NAE_ERA_R-1665_Eesti_Kunstnike_Liit, lk 139
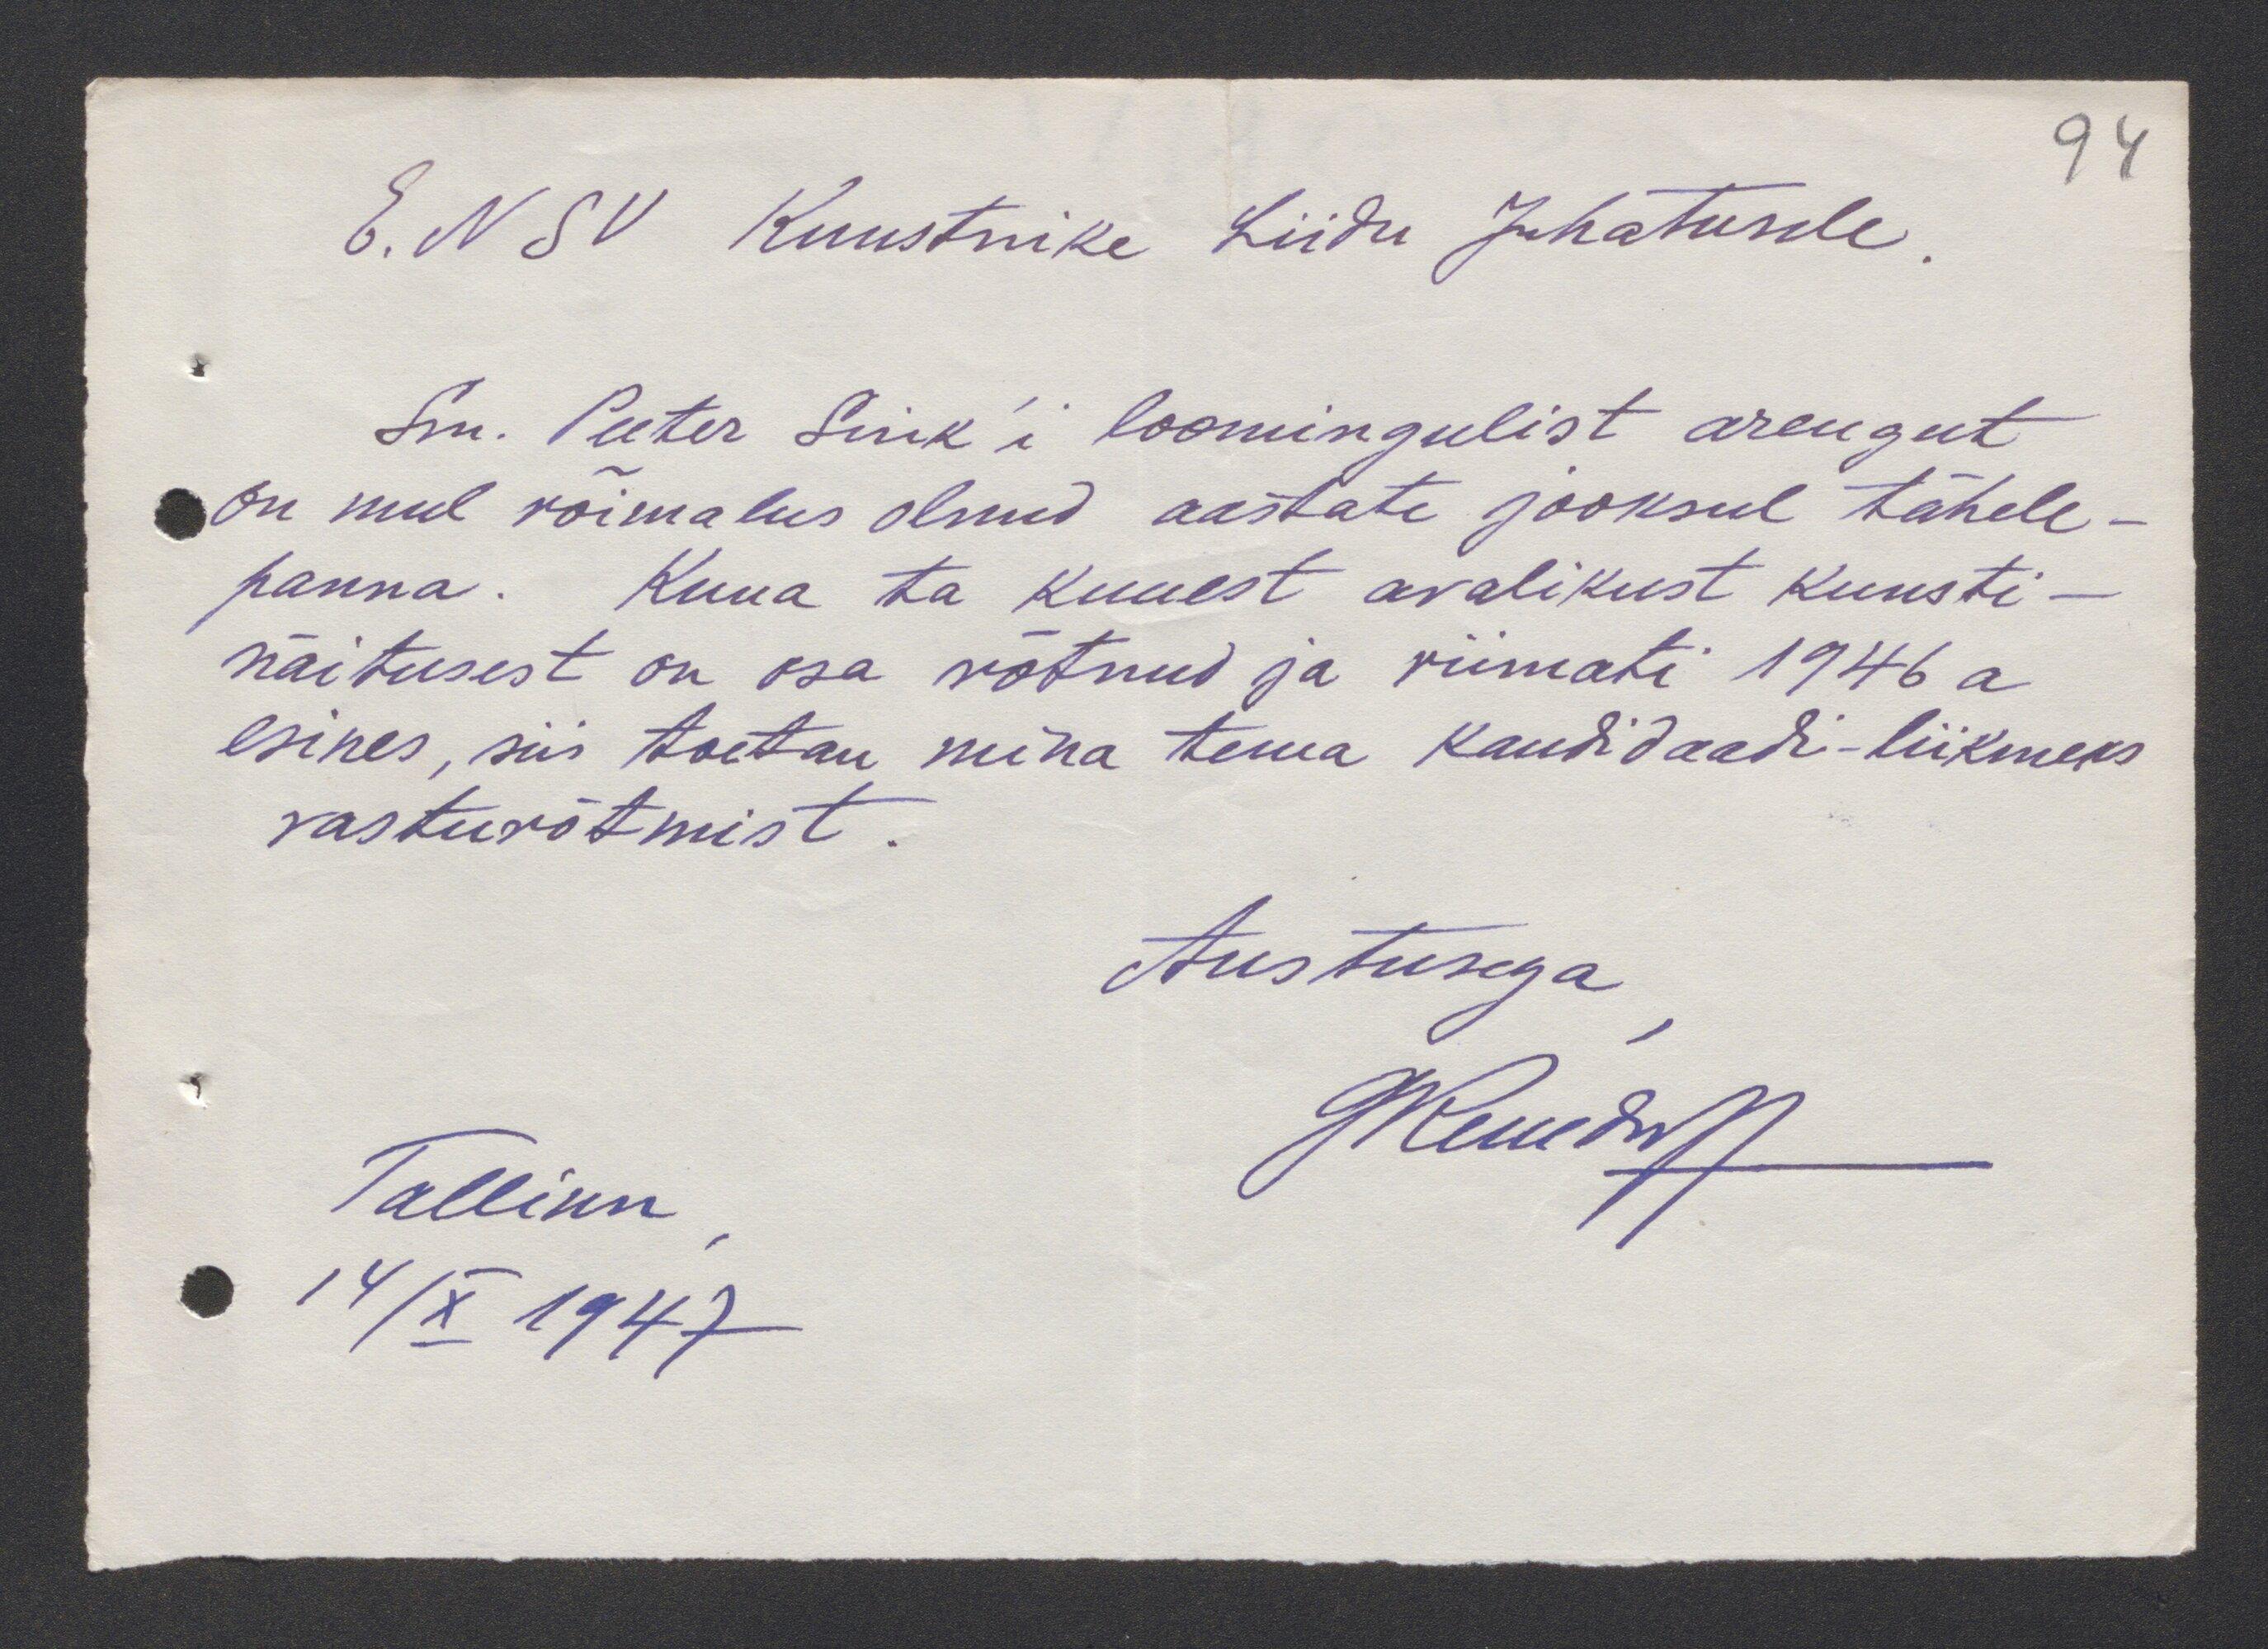
94
E. NSV Kunstnike Liidu Juhatusele.
Sm. Peeter Sink'i loomingulist arengut
on mul võimalus olnud aastate jooksul tähele-
panna. Kuna ta kuuest avalikust kunsti-
näitusest on osa võtnud ja viimati 1946 a
esines, siis toetan mina tema kandidaadi-liikmeks
vastuvõtmist.
Austusega,
Tallinn,
GReindorff
14/X 1947